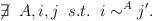
LaTeX: \begin{align*}\not \! \exists \;\; A,i,j \;\; s.t. \;\; i \sim^A j'.\end{align*}